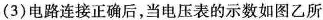
(3)电路连接正确后，当电压表的示数如图乙所